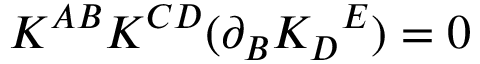
K ^ { A B } K ^ { C D } ( \partial _ { B } K _ { D } { } ^ { E } ) = 0